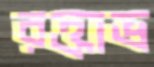
রক্তাভ